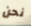
نحن